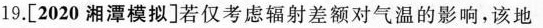
19.[2020湘潭模拟]若仅考虑辐射差额对气温的影响，该地